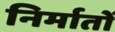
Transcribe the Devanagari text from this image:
निर्मातों